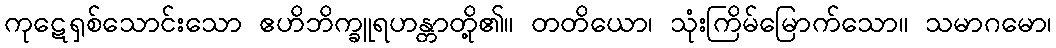
ကုဋေရှစ်သောင်းသော ဧဟိဘိက္ခူရဟန္တာတို့၏။ တတိယော၊ သုံးကြိမ်မြောက်သော။ သမာဂမော၊